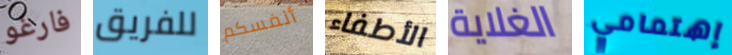
فارغو للفريق أنفسكم الأطفاء الغلاية إهتمامي